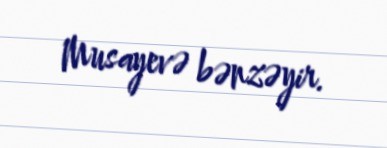
Musayevə bənzəyir.